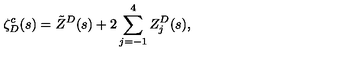
\zeta _ { D } ^ { c } ( s ) = \tilde { Z } ^ { D } ( s ) + 2 \sum _ { j = - 1 } ^ { 4 } Z _ { j } ^ { D } ( s ) { , }